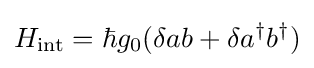
H_{\text{int}}=\hbar g_{0}(\delta ab+\delta a^{\dagger }b^{\dagger })